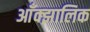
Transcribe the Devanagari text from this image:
आँक्झालिक